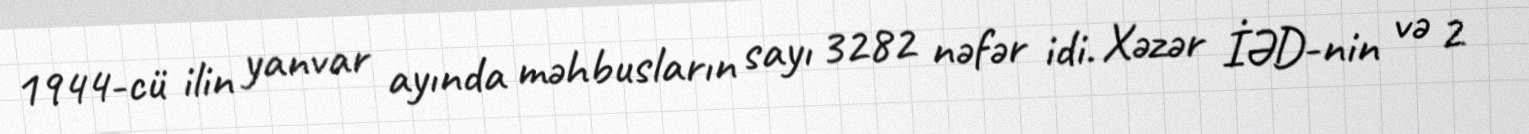
1944-cü ilin yanvar ayında məhbusların sayı 3282 nəfər idi. Xəzər İƏD-nin və 2